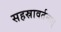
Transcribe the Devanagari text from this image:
सहस्रावर्तनात्‌